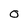
Character: 0